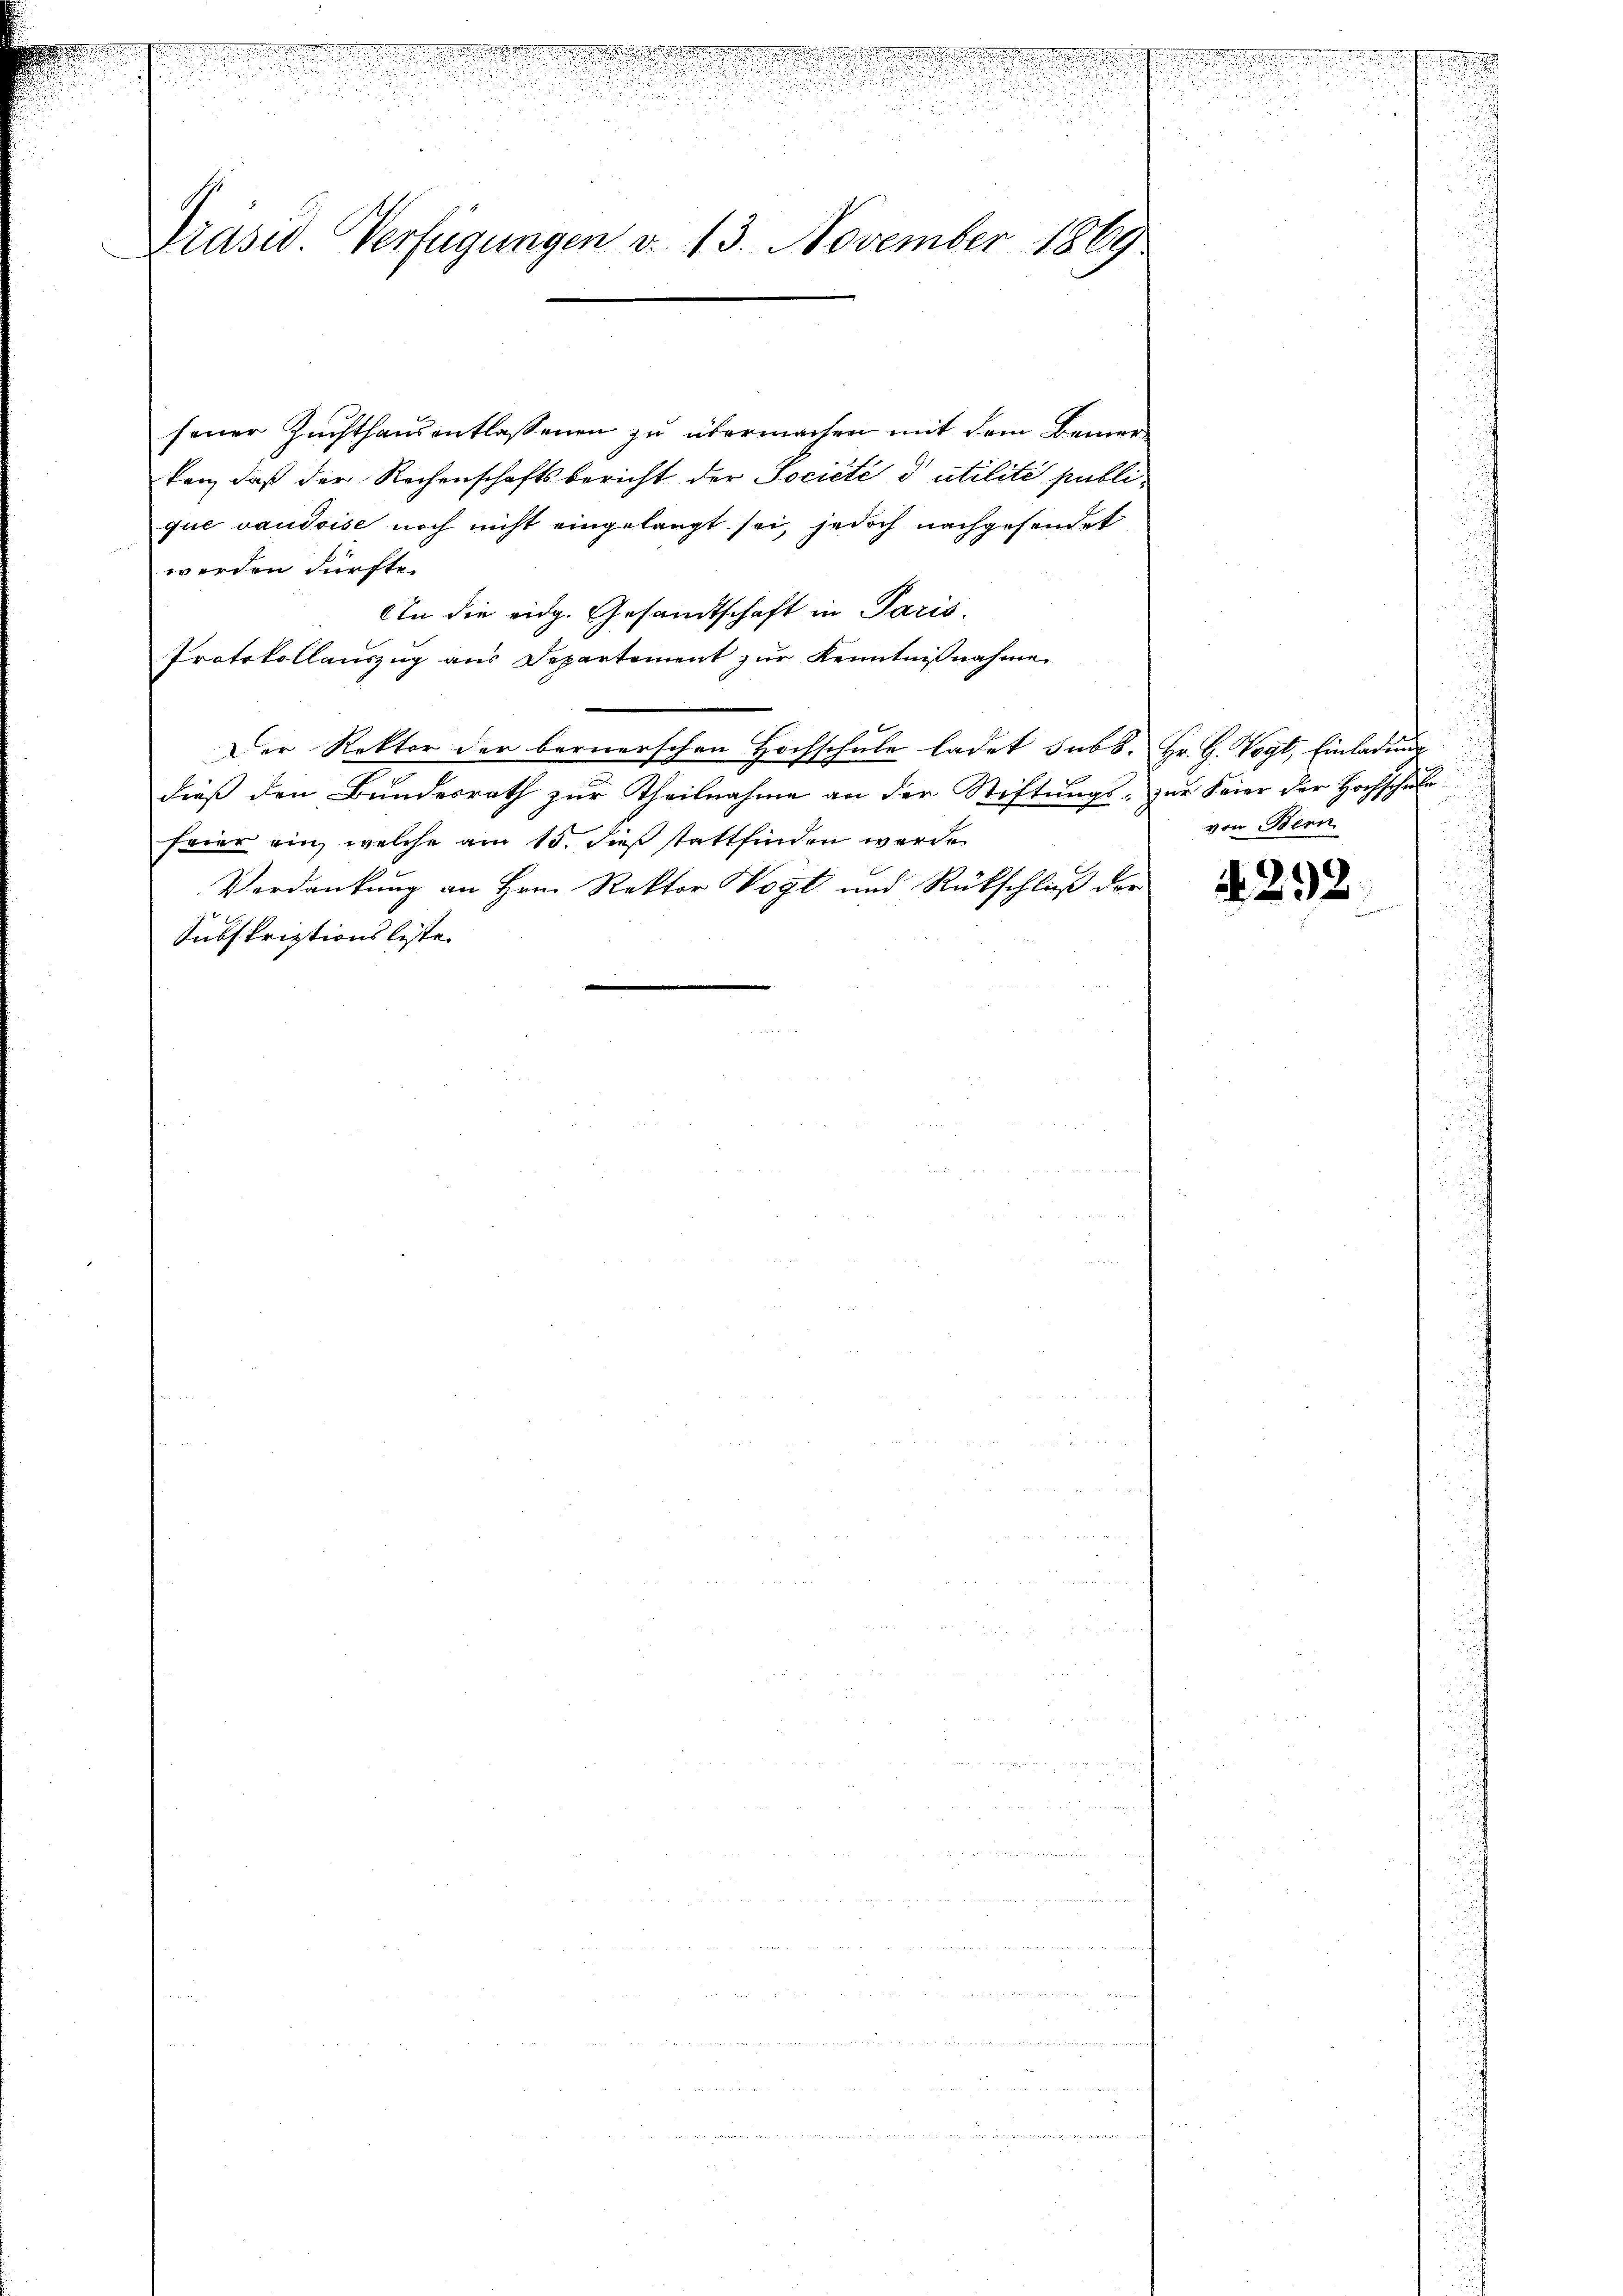
.
.
Präsid. Verfügungen d. 13. November 1869

sener Zuchthausentlassenen zu übermachen mit dem Bemerten, daß der Rechenschaftsbericht der Société d’utilité publique vaudoise noch nicht eingelangt sei, jedoch nachgesendet
werden dürfte.
An die eidg. Gesandtschaft in Paris,
Protokollauszug aus Departement zur Kenntnißnahme
Der Rektor der bernerschen Hochschule ladet sub 6. Hr. H. Vogt, Einladung
dieß den Bundesrath zur Theilnahme an der Stiftungs- zur Feier der Hochschule
feier ein, welche am 15. dieß stattfinden werde.
Verdankung an Hrn. Rektor Vogt und Rückschluß der
Subskriptionsliste.

von Bern

A 292